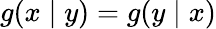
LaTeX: g(x\mid y)=g(y\mid x)